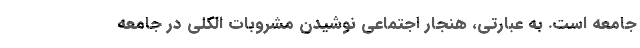
جامعه است. ‌به عبارتی، هنجار اجتماعی نوشیدن مشروبات الکلی در جامعه